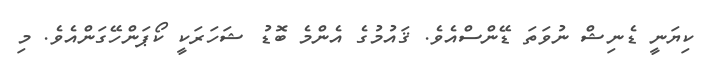
ކިޔަނީ ޑެނިޝް ނުވަތަ ޑޭންސްއެވެ. ޤައުމުގެ އެންމެ ބޮޑު ޝަހަރަކީ ކޯޕަންހޭގަންއެވެ. މި